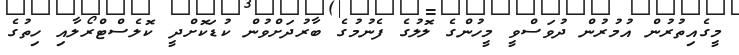
މީގެއިތުރުން އުމުރުން ދުވަސްވީ މީހުންގެ ލޮލުގެ ފެނުމުގެ ބާރުދަށްވުން ކުޑަކޮށްދީ ކޮލެސްޓްރޯލާއި ހިތުގެ